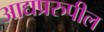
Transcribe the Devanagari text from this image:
आद्यप्ररुपील